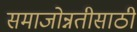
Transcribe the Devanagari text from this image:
समाजोन्नतीसाठी